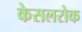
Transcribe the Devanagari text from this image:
केसलरोक